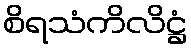
စိရသံကိလိဋ္ဌံ